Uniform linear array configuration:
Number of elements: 12
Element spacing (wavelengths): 0.5
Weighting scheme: kaiser
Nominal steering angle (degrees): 30
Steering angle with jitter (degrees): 30.646
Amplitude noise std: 0.05
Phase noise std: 0.05

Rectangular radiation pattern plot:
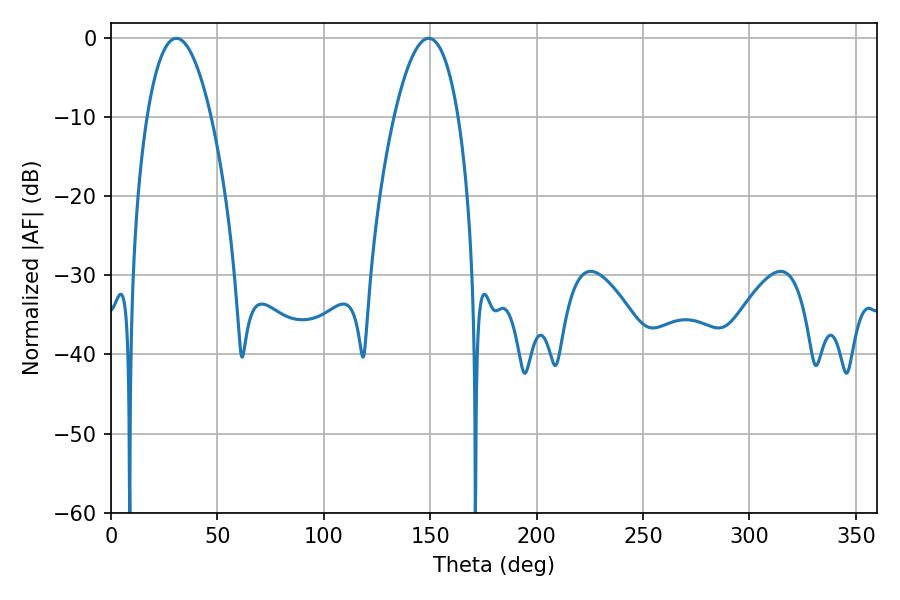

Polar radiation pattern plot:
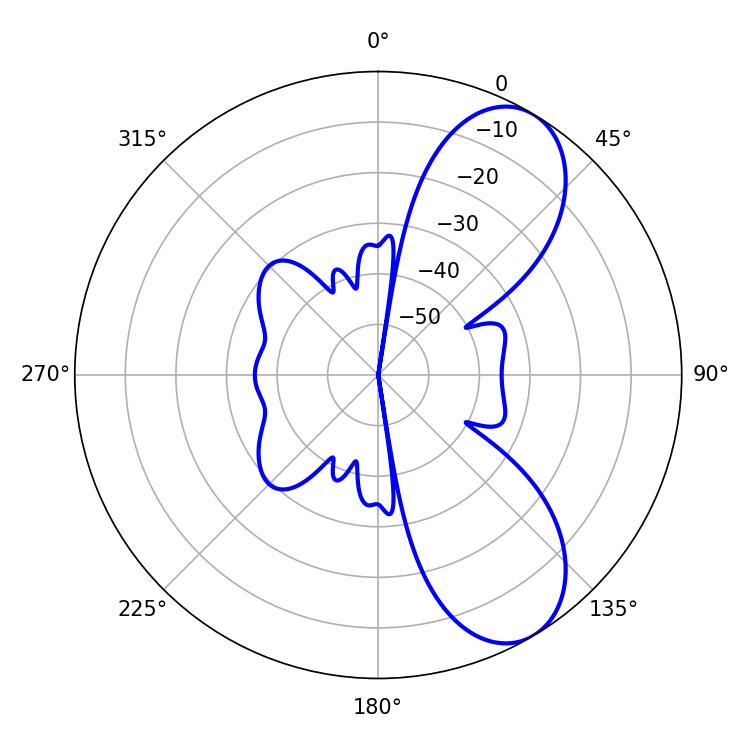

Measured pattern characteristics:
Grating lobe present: FALSE
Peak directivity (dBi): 7.939
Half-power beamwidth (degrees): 16.74
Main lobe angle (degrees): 30.78